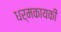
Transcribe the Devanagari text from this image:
धर्मकायकी